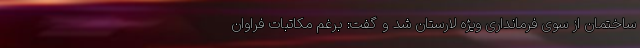
ساختمان از سوی فرمانداری ویژه لارستان شد و گفت: برغم مکاتبات فراوان